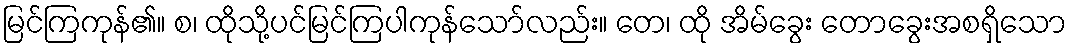
မြင်ကြကုန်၏။ စ၊ ထိုသို့ပင်မြင်ကြပါကုန်သော်လည်း။ တေ၊ ထို အိမ်ခွေး တောခွေးအစရှိသော